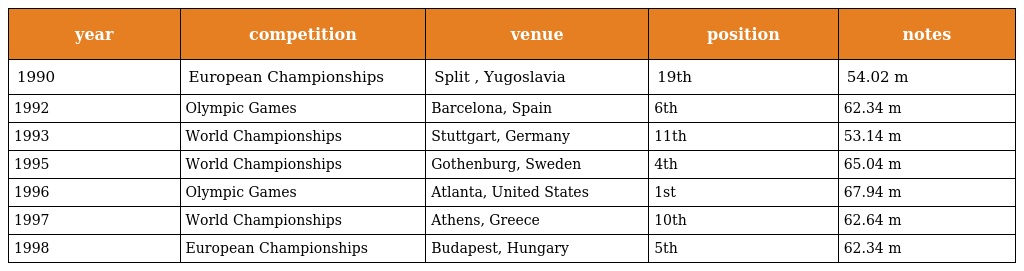
| year | competition | venue | position | notes |
 | --- | --- | --- | --- | --- |
 | 1990 | European Championships | Split , Yugoslavia | 19th | 54.02 m |
 | 1992 | Olympic Games | Barcelona, Spain | 6th | 62.34 m |
 | 1993 | World Championships | Stuttgart, Germany | 11th | 53.14 m |
 | 1995 | World Championships | Gothenburg, Sweden | 4th | 65.04 m |
 | 1996 | Olympic Games | Atlanta, United States | 1st | 67.94 m |
 | 1997 | World Championships | Athens, Greece | 10th | 62.64 m |
 | 1998 | European Championships | Budapest, Hungary | 5th | 62.34 m |